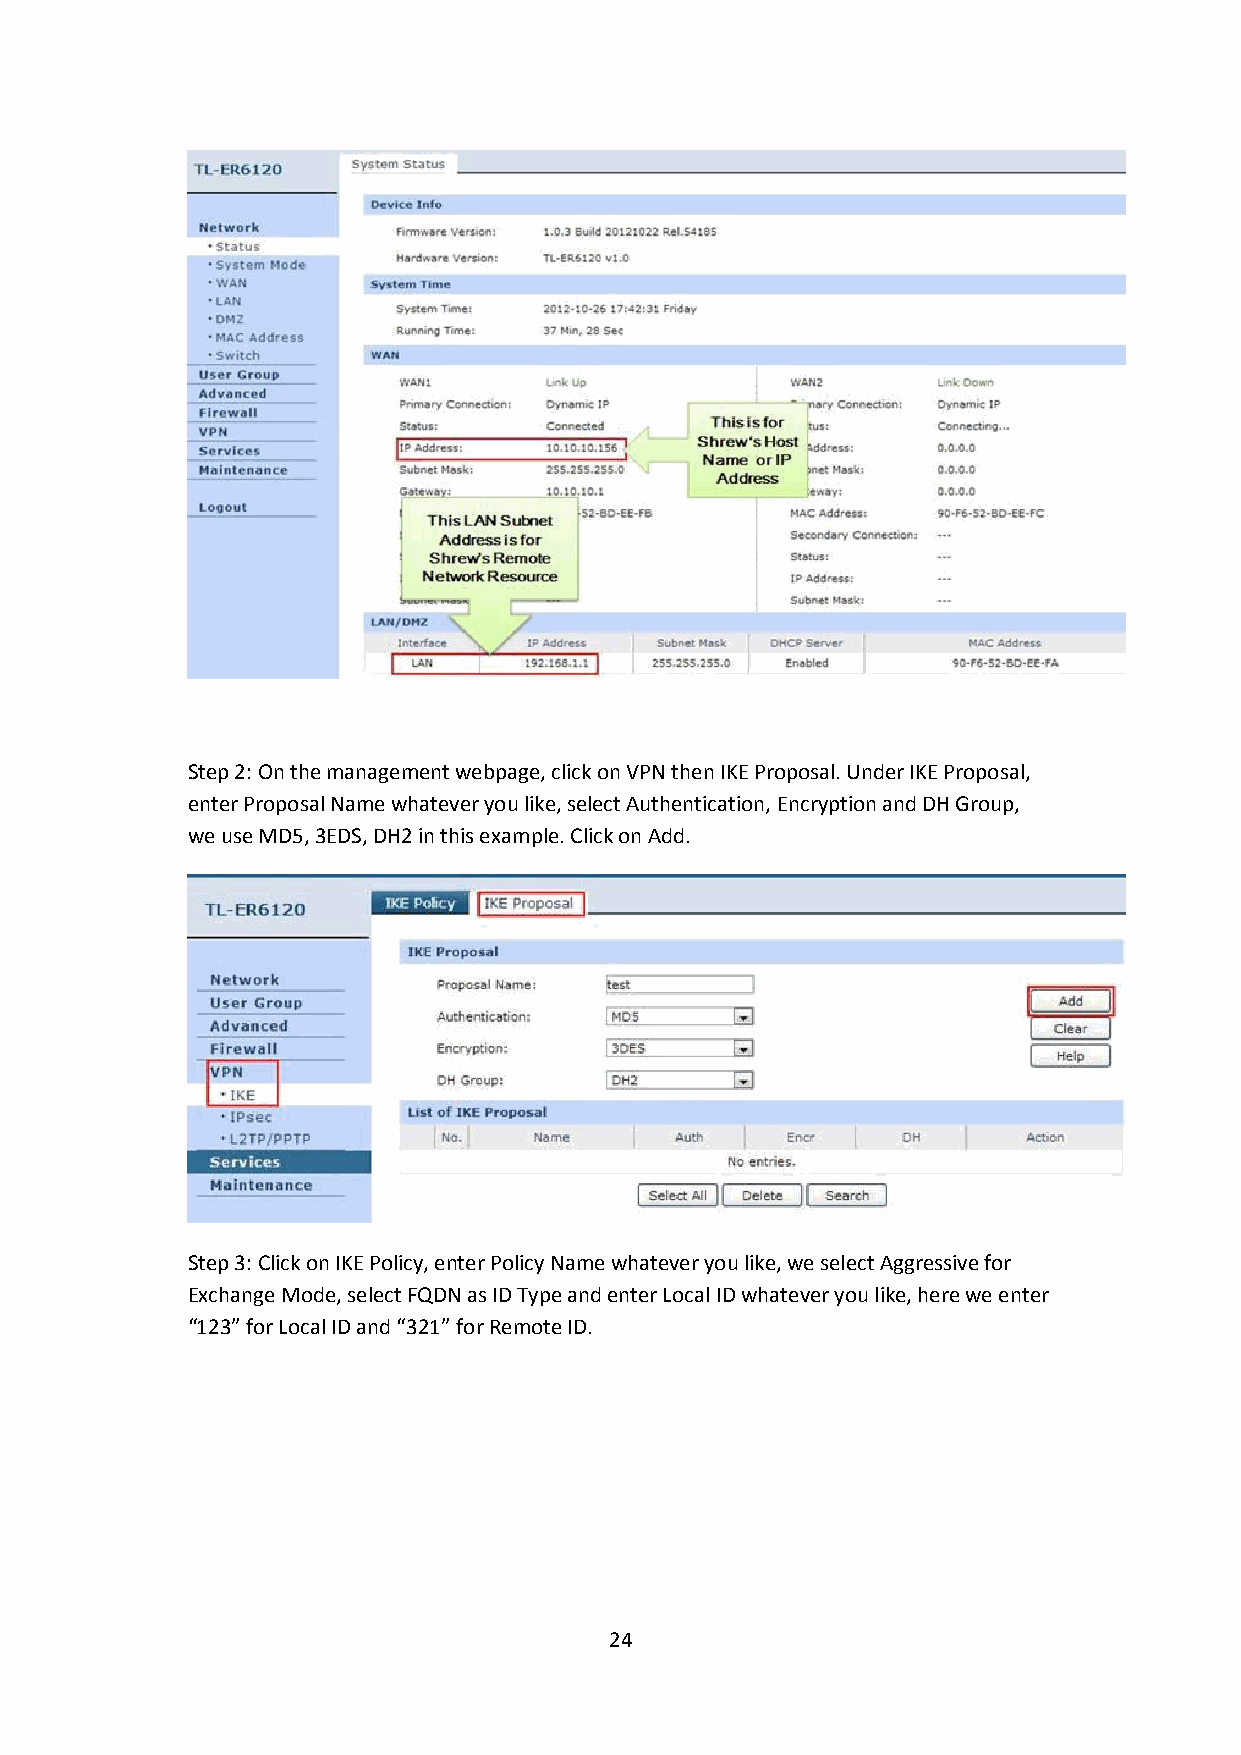
Step 2:On the management webpage, click onVPNthenIKE Proposal. Under IKE Proposal,
 enter Proposal Name whatever you like, select Authentication, Encryption and DH Group,
 we useMD5,3EDS,DH2in this example. Click onAdd.
 Step 3:Click onIKE Policy, enter Policy Name whatever you like, we selectAggressivefor
 Exchange Mode, selectFQDNas ID Type and enter Local ID whatever you like, here we enter
 “123” for Local ID and “321” for Remote ID.
 24